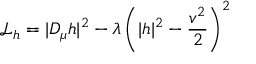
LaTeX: { \mathcal { L } } _ { h } = | D _ { \mu } h | ^ { 2 } - \lambda \left( | h | ^ { 2 } - { \frac { v ^ { 2 } } { 2 } } \right) ^ { 2 }